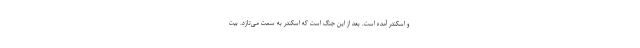
و اسکندر آمده است. بعد از این جنگ است که اسکندر به سمت می‌تازد. بیت